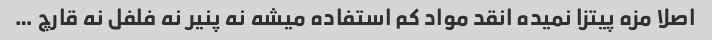
اصلا مزه پیتزا نمیده انقد مواد کم استفاده میشه نه پنیر نه فلفل نه قارچ …